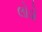
લોડો